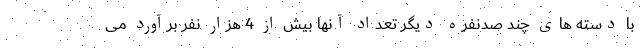
با دسته های چند صدنفره دیگر تعداد آنها بیش از 4 هزار نفر برآورد می